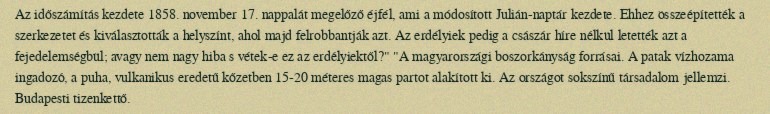
Az időszámítás kezdete 1858. november 17. nappalát megelőző éjfél, ami a módosított Julián-naptár kezdete. Ehhez összeépítették a szerkezetet és kiválasztották a helyszínt, ahol majd felrobbantják azt. Az erdélyiek pedig a császár híre nélkül letették azt a fejedelemségbül; avagy nem nagy hiba s vétek-e ez az erdélyiektől?" "A magyarországi boszorkányság forrásai. A patak vízhozama ingadozó, a puha, vulkanikus eredetű kőzetben 15-20 méteres magas partot alakított ki. Az országot sokszínű társadalom jellemzi. Budapesti tizenkettő.